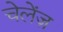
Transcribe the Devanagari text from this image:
चेलेंज़